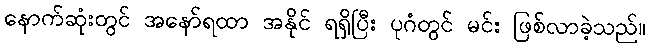
နောက်ဆုံးတွင် အနော်ရထာ အနိုင် ရရှိပြီး ပုဂံတွင် မင်း ဖြစ်လာခဲ့သည်။